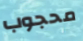
محجوب